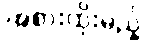
အစားထိုးမည့်